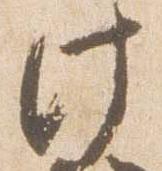
此